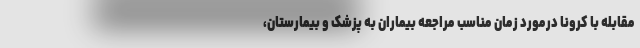
مقابله با کرونا درمورد زمان مناسب مراجعه بیماران به پزشک و بیمارستان،